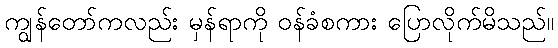
ကျွန်တော်ကလည်း မှန်ရာကို ဝန်ခံစကား ပြောလိုက်မိသည်။